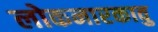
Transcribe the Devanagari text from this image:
लोकनारकावु